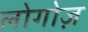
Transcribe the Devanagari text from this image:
लोगोज़